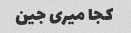
کجا میری جین